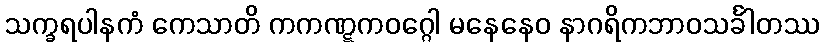
သက္ခရပါနကံ ကေသာတိ ကကဏ္ဋကဝဂ္ဂေါ မနေနေဝ နာဂရိကဘာဝသင်္ခါတဿ